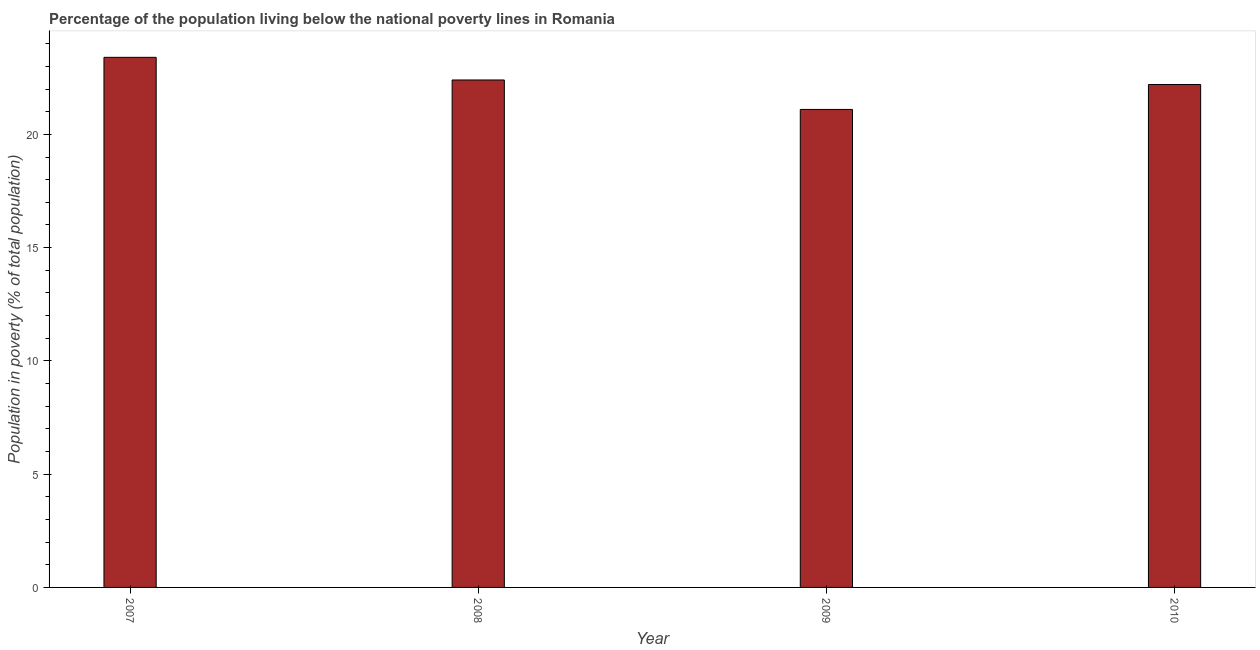
| Year | Poverty headcount ratio |
 | --- | --- |
 | 2007 | 23.4 |
 | 2008 | 22.4 |
 | 2009 | 21.1 |
 | 2010 | 22.2 |